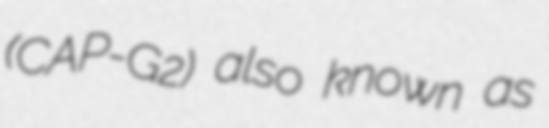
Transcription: (CAP-G2) also known as